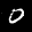
Label: 0